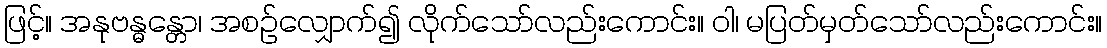
ဖြင့်။ အနုဗန္ဓန္တော၊ အစဉ်လျှောက်၍ လိုက်သော်လည်းကောင်း။ ဝါ၊ မပြတ်မှတ်သော်လည်းကောင်း။